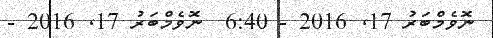
ނޮވެމްބަރު 17